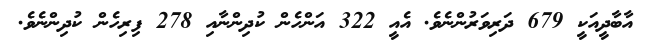
އާބާދީއަކީ 679 ދަރިވަރުންނެވެ. އެއީ 322 އަންހެން ކުދިންނާއި 278 ފިރިހެން ކުދިންނެވެ.